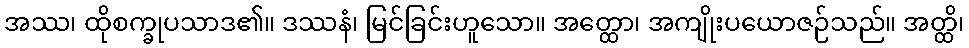
အဿ၊ ထိုစက္ခုပသာဒ၏။ ဒဿနံ၊ မြင်ခြင်းဟူသော။ အတ္ထော၊ အကျိုးပယောဇဉ်သည်။ အတ္ထိ၊